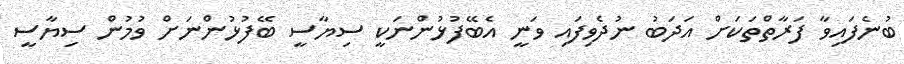
ބުނެފައިވާ ފަރާތްތަކަށް އަދަބު ނުދެވިފައި ވަނީ އެބޭފުޅުންނަކީ ސިޔާސީ ބޭފުޅުންނަށް ވުމުން ސިޔާސީ